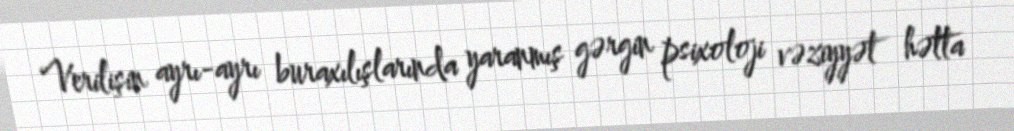
Verilişin ayrı-ayrı buraxılışlarında yaranmış gərgin psixoloji vəziyyət hətta